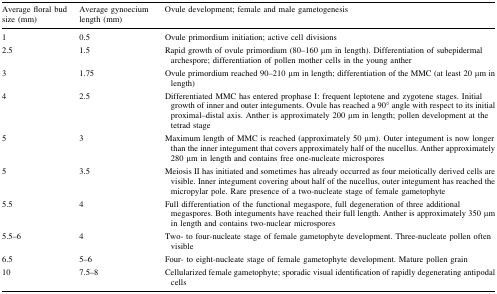
<table><thead><tr><td><b>Average floral bud size (mm)</b></td><td><b>Average gynoecium length (mm)</b></td><td><b>Ovule development; female and male gametogenesis</b></td></tr></thead><tbody><tr><td>1</td><td>0.5</td><td>Ovule primordium initiation; active cell divisions</td></tr><tr><td>2.5</td><td>1.5</td><td>Rapid growth of ovule primordium (80–160 μm in length). Differentiation of subepidermal archespore; differentiation of pollen mother cells in the young anther</td></tr><tr><td>3</td><td>1.75</td><td>Ovule primordium reached 90–210 μm in length; differentiation of the MMC (at least 20 μm in length)</td></tr><tr><td>4</td><td>2.5</td><td>Differentiated MMC has entered prophase I: frequent leptotene and zygotene stages. Initial growth of inner and outer integuments. Ovule has reached a 90° angle with respect to its initial proximal–distal axis. Anther is approximately 200 μm in length; pollen development at the tetrad stage</td></tr><tr><td>5</td><td>3</td><td>Maximum length of MMC is reached (approximately 50 μm). Outer integument is now longer than the inner integument that covers approximately half of the nucellus. Anther approximately 280 μm in length and contains free one-nucleate microspores</td></tr><tr><td>5</td><td>3.5</td><td>Meiosis II has initiated and sometimes has already occurred as four meiotically derived cells are visible. Inner integument covering about half of the nucellus, outer integument has reached the micropylar pole. Rare presence of a two-nucleate stage of female gametophyte</td></tr><tr><td>5.5</td><td>4</td><td>Full differentiation of the functional megaspore, full degeneration of three additional megaspores. Both integuments have reached their full length. Anther is approximately 350 μm in length and contains two-nuclear microspores</td></tr><tr><td>5.5–6</td><td>4</td><td>Two- to four-nucleate stage of female gametophyte development. Three-nucleate pollen often visible</td></tr><tr><td>6.5</td><td>5–6</td><td>Four- to eight-nucleate stage of female gametophyte development. Mature pollen grain</td></tr><tr><td>10</td><td>7.5–8</td><td>Cellularized female gametophyte; sporadic visual identification of rapidly degenerating antipodal cells</td></tr></tbody></table>